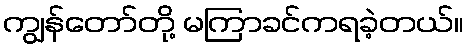
ကျွန်တော်တို့ မကြာခင်ကရခဲ့တယ်။